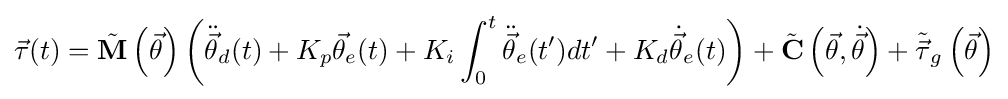
{\vec {\tau }}(t)={\tilde {\mathbf {M} }}\left({\vec {\theta }}\right)\left({\ddot {\vec {\theta }}}_{d}(t)+K_{p}{\vec {\theta }}_{e}(t)+K_{i}\int _{0}^{t}{\ddot {\vec {\theta }}}_{e}(t')dt'+K_{d}{\dot {\vec {\theta }}}_{e}(t)\right)+{\tilde {\mathbf {C} }}\left({\vec {\theta }},{\dot {\vec {\theta }}}\right)+{\tilde {\vec {\tau }}}_{g}\left({\vec {\theta }}\right)